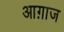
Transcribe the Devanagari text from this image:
आग़ाज